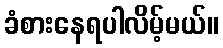
ခံစားနေရပါလိမ့်မယ်။